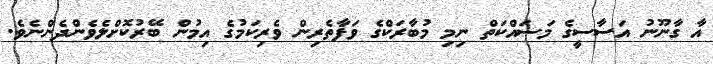
އާ ގާނޫނު އަސާސީގެ މަސައްކަތް ނިމި މުބާރަކްގެ ވަފާތެރިން ވެރިކަމުގެ އިމުން ބޭރުކޮށްލެވެންދެންނެވެ.